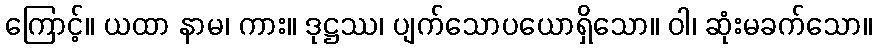
ကြောင့်။ ယထာ နာမ၊ ကား။ ဒုဋ္ဌဿ၊ ပျက်သောပယောရှိသော။ ဝါ၊ ဆုံးမခက်သော။